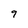
Character: 9